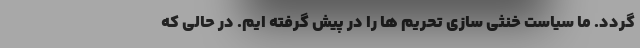
گردد. ما سیاست خنثی سازی تحریم ها را در پیش گرفته ایم. در حالی که